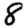
Digit: 8